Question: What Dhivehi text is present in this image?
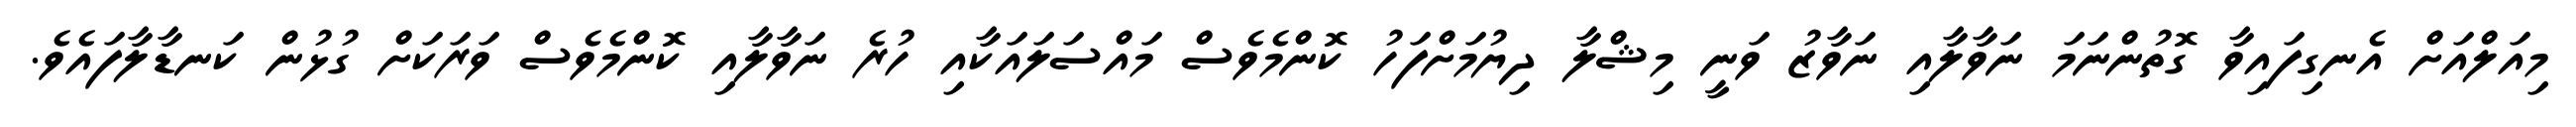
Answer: މިއަލްއަށް އެނގިފައިވާ ގޮތުންނަމަ ނަވާލާއި ނަވާޒު ވަނީ މިޝްލާ ދިޔުމަށްފަހު ކޮންމެވެސް މައްސަލައަކާއި ހުރެ ނަވާލާއި ކޮންމެވެސް ވަރަކަށް ގުޅުން ކަނޑާލާފައެވެ.